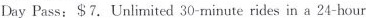
Day Pass: $7. Unlimited 30-minute rides in a 24-hour